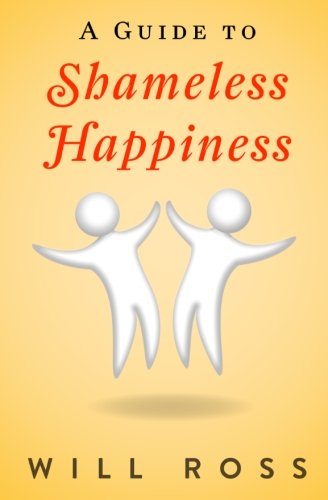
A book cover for A Guide to Shameless Happiness; Will Ross; Self-Help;